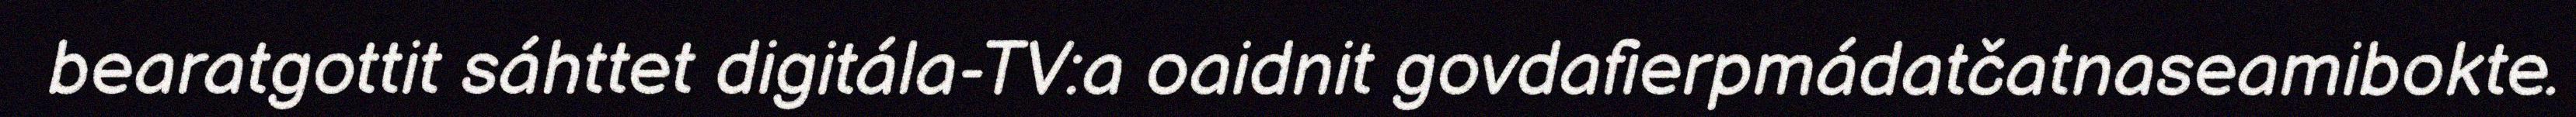
bearatgottit sáhttet digitála-TV:a oaidnit govdafierpmádatčatnaseamibokte.